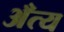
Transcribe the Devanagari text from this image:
अँत्य